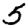
Digit: 5